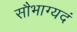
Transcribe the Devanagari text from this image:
सौभाग्यदं